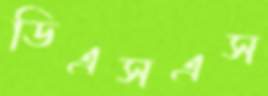
ডিএসএস